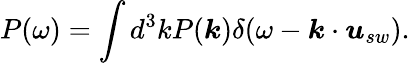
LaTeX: P(\omega)=\int d^{3}kP(\boldsymbol{k})\delta(\omega-\boldsymbol{k}\cdot\boldsymbol{u}_{sw}).